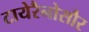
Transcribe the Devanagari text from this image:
टायेरैनोसौर